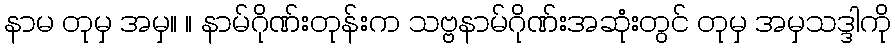
နာမ တုမှ အမှ။ ။ နာမ်ဂိုဏ်းတုန်းက သဗ္ဗနာမ်ဂိုဏ်းအဆုံးတွင် တုမှ အမှသဒ္ဒါကို